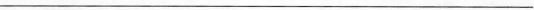
___